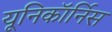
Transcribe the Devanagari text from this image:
यूनिकॉर्निस